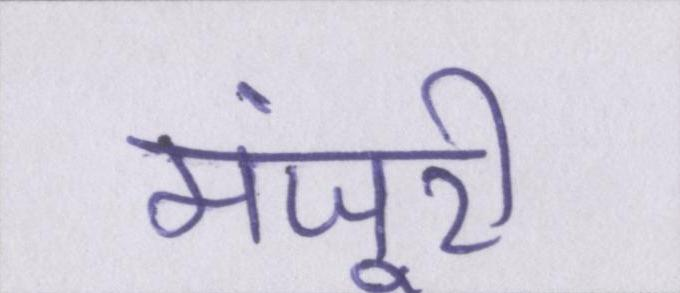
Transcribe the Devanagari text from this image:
मंजूरी